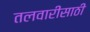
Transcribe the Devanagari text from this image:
तलवारीसाठी